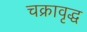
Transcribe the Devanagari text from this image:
चक्रावृद्ध